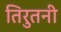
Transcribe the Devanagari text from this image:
तिरुतनी